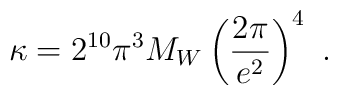
\kappa=2^{10}\pi ^3 M_W \left(\frac{2\pi}{e^2}\right)^4\ .